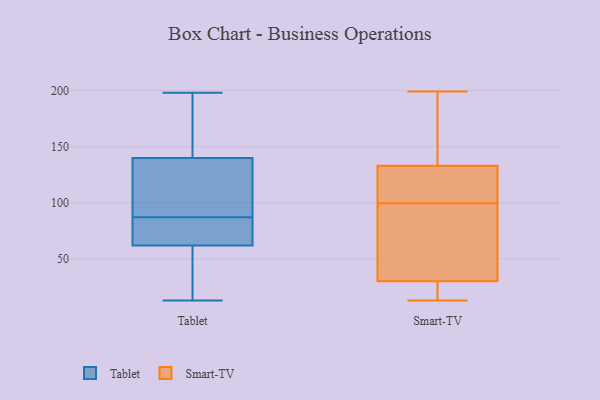
{"axis": {"x": "Operating Costs (USD K)", "y": "Value"}, "legend": ["Smart-TV", "Tablet"], "data": [{"x": "", "y": 99, "type": "Tablet"}, {"x": "", "y": 168, "type": "Tablet"}, {"x": "", "y": 97, "type": "Tablet"}, {"x": "", "y": 80, "type": "Tablet"}, {"x": "", "y": 57, "type": "Tablet"}, {"x": "", "y": 152, "type": "Tablet"}, {"x": "", "y": 13, "type": "Tablet"}, {"x": "", "y": 80, "type": "Tablet"}, {"x": "", "y": 22, "type": "Tablet"}, {"x": "", "y": 198, "type": "Tablet"}, {"x": "", "y": 77, "type": "Tablet"}, {"x": "", "y": 185, "type": "Tablet"}, {"x": "", "y": 87, "type": "Tablet"}, {"x": "", "y": 103, "type": "Tablet"}, {"x": "", "y": 28, "type": "Tablet"}, {"x": "", "y": 116, "type": "Smart-TV"}, {"x": "", "y": 23, "type": "Smart-TV"}, {"x": "", "y": 163, "type": "Smart-TV"}, {"x": "", "y": 111, "type": "Smart-TV"}, {"x": "", "y": 199, "type": "Smart-TV"}, {"x": "", "y": 30, "type": "Smart-TV"}, {"x": "", "y": 13, "type": "Smart-TV"}, {"x": "", "y": 88, "type": "Smart-TV"}, {"x": "", "y": 133, "type": "Smart-TV"}, {"x": "", "y": 50, "type": "Smart-TV"}]}